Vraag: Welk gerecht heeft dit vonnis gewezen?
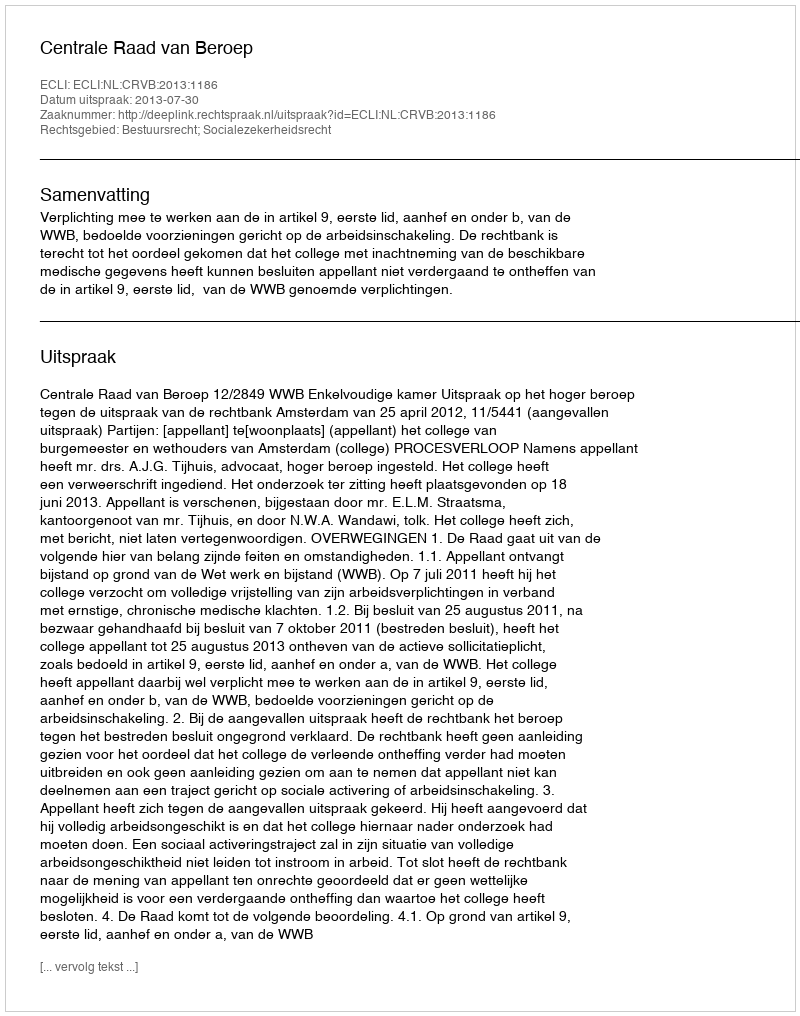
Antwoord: Centrale Raad van Beroep